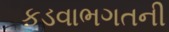
કડવાભગતની